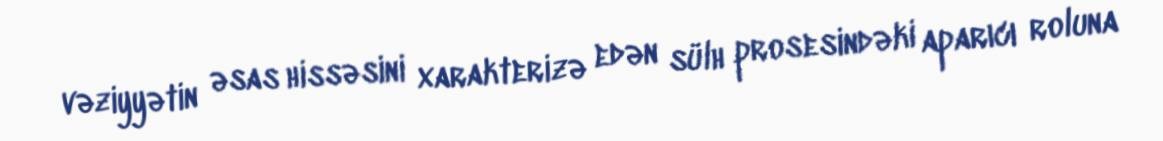
vəziyyətin əsas hissəsini xarakterizə edən sülh prosesindəki aparıcı roluna